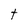
Character: t